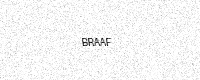
Text: BRAAF